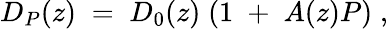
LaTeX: {D_{P}(z)\; =\; D_{0}(z)\; (1\; +\; A(z)P)\; ,}